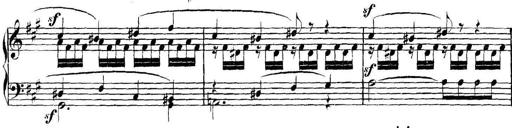
Title: Collected Piano Sonatas
Composer: Muzio Clementi